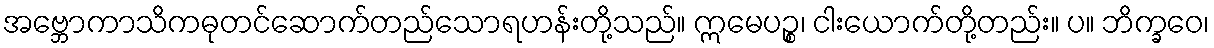
အဗ္ဘောကာသိကဓုတင်ဆောက်တည်သောရဟန်းတို့သည်။ ဣမေပဉ္စ၊ ငါးယောက်တို့တည်း။ ပ။ ဘိက္ခဝေ၊